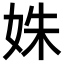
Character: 姝